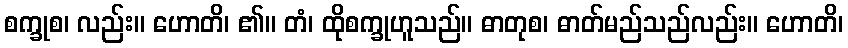
စက္ခုစ၊ လည်း။ ဟောတိ၊ ၏။ တံ၊ ထိုစက္ခုဟူသည်။ ဓာတုစ၊ ဓာတ်မည်သည်လည်း။ ဟောတိ၊